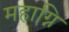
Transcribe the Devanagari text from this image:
महाग्नि